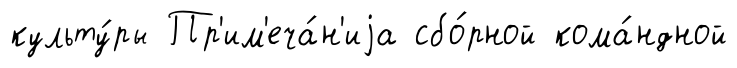
культу́ры Пр'им'еча́н'иjа сбо́рной кома́ндной